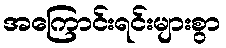
အကြောင်းရင်းများစွာ